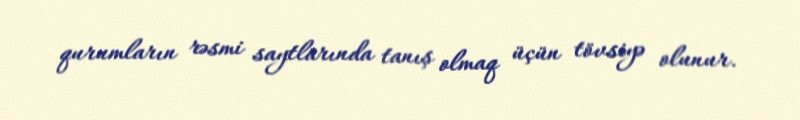
qurumların rəsmi saytlarında tanış olmaq üçün tövsiyə olunur.